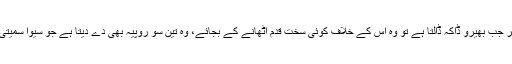
ایک ایک پیسے کی جوڑی ہوئی کمائی پر جب بھیرو ڈاکہ ڈالتا ہے تو وہ اُس کے خلاف کوئی سخت قدم اُٹھانے کے بجائے، وہ تین سو روپیہ بھی دے دیتا ہے جو سیوا سمیتی کے کارکن چندہ کرکے اُسے دیتے ہیں۔